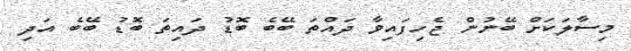
މިސާލަކަށް ބޭނުން ޖެހިފައިވާ ދައްތަ ބޭބެ ބޮޑު ދައިތަ ބޮޑު ބޭބެ އަދި